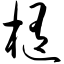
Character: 椭